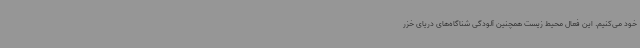
خود می‌کنیم. این فعال محیط زیست همچنین آلودگی شناگاه‌های دریای خزر